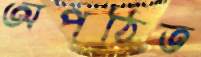
অপঠিত